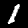
Label: 1